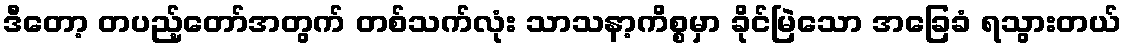
ဒီတော့ တပည့်တော်အတွက် တစ်သက်လုံး သာသနာ့ကိစ္စမှာ ခိုင်မြဲသော အခြေခံ ရသွားတယ်